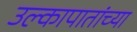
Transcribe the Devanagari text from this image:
उल्कापातांच्या